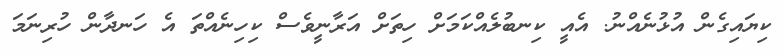
ކިޔައިގެން އުޅުނެއްނު. އެއީ ކިނބުލެއްކަމަށް ހިތަށް އަރާނީވެސް ކިހިނެއްތަ އެ ހަނދާން ހުރިނަމަ